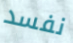
نفسد